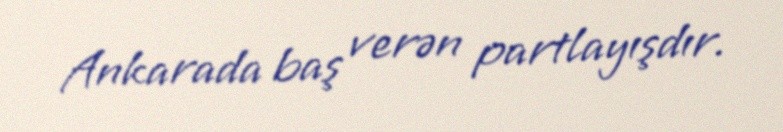
Ankarada baş verən partlayışdır.